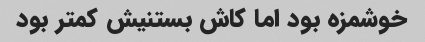
خوشمزه بود اما کاش بستنیش کمتر بود